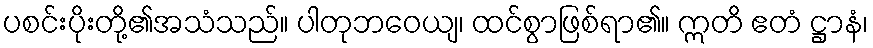
ပစင်းပိုးတို့၏အသံသည်။ ပါတုဘဝေယျ၊ ထင်စွာဖြစ်ရာ၏။ ဣတိ ဧတံ ဋ္ဌာနံ၊